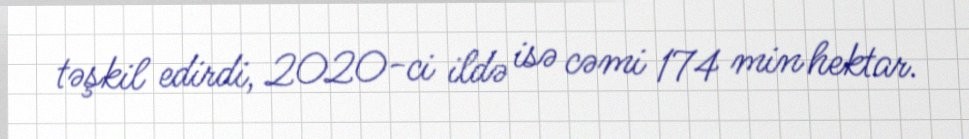
təşkil edirdi, 2020-ci ildə isə cəmi 174 min hektar.